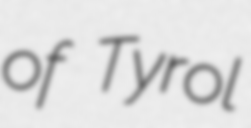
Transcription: of Tyrol